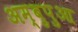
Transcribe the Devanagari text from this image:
अम्बुपुआ